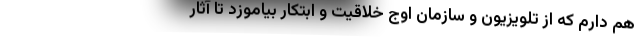
هم دارم که از تلويزيون و سازمان اوج خلاقيت و ابتکار بياموزد تا آثار